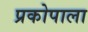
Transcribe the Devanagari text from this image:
प्रकोपाला